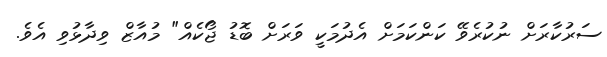
ސަރުކާރަށް ނުކުރެވޭ ކަންކަމަށް އެދުމަކީ ވަރަށް ބޮޑު ޖޯކެއް" މުއާޒް ވިދާޅުވި އެވެ.